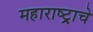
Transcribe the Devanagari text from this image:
महाराष्ट्र्राचे